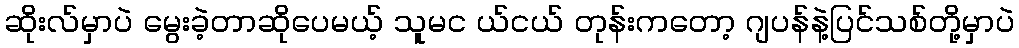
ဆိုးလ်မှာပဲ မွေးခဲ့တာဆိုပေမယ့် သူမင ယ်ငယ် တုန်းကတော့ ဂျပန်နဲ့ပြင်သစ်တို့မှာပဲ